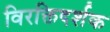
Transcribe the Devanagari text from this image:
विरक्तिदर्शक